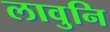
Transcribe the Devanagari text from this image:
लावुनि